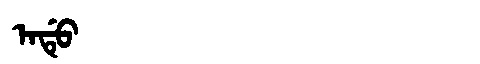
Manchu: ᠠᡩᡠ
Romanization: ADU